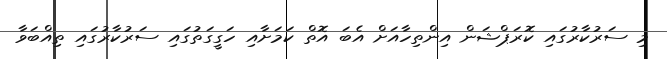
މި ސަރުކާރުގައި ކޮރަޕްޝަން އިންތިހާއަށް އެބަ އޮތް ކަމަށާއި ހަގީގަތުގައި ސަރުކާރުގައި ތިއްބަވާ